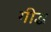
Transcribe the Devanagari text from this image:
गीद्ध